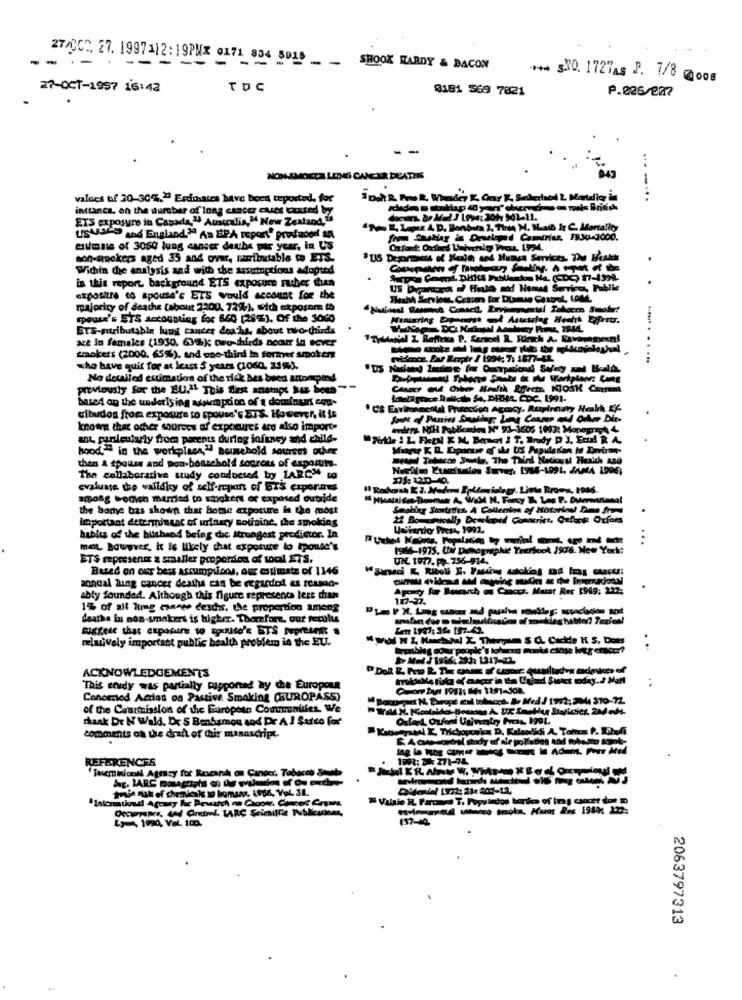
27/007. 27. 1997112:19PMX 0171 834 5016
.--- -----------
SHOOK HARDY & BACON
*** sNO. 1727AS P. 7/8 0006
27-OCT-1997 16:42
TDC
0181 569 7021
P.026/207
NONSMOKER LUNG CANCER DEATERS
values of 20-30.") Esdinares have been tuposted. for
instance, on the dumber of Inng cancer ques toused by
ETS exposure in Canada, " Australia," New Zealand,is
UsAsses and England.3ª An ERA report" profded SA
from Shstlar in Deuland Camtrier, 19.30-2000.
mumsle of 3060 lung cancer detths per year, in US
son-anokers aged 33 and over, Faributable to ETS.
.
Within the analysis and with the assumptions adapted
in this report background ETS exposure sucher thun
US Dentro of Heslo and Hemed Services, Publie
.
exposure to spouse's ETS would account for the
Health Services, Cenuen for Diame Castrol, COM.
majority of deathe (about 2200. 72%), with exposere th
spouse's ETS decoupling for 660 [28%). Of the 3060
ETS-Atributable lung cancer deaths, about two-thirds
are In females (1930. 63%); two-thirds neour in sover
Brokers (2000. 65%), and one-third bm former smokers
petence. Eur Respir / 1994; 7: 1877-42.
...........
who have quit for at least 5 years (106, 23%).
No detailed estimation of the rick bes been artomspind
previously for the EU.". This flest anamnes aus Soes"
based on the underlying assimpoco of a dominurt con-
Lowrapace laliche f4. PHHL CDC. 1991-
* CS Environmental Protection Agocy. Aupirnary Health Ef
cibudos from exposure to spouse's BTS. However, it is
known that other sources af expotures are also import-
oddera NIHl Pablojen Nº 93-3603 1993: Moperret 4
ant, paniculaly from parents during infaney and child-
Pirtle I L Fetl & M, Beraat ! T, Indy P ], Ecdl R 4
hood" in the workplace," Bouwehold sourses ouver
thens A spouse and Ron-boaschold sources of exposure.
The collaborative study conducted by ZARC," co
evaluate the validky of self-rejon of BTS exporaus
among women married to shicken or exposed outside
the Same bas shown that bomne exposure in the most
loportant determinar of urinary sotisine, the smoking
.
Waiverdo Press, 1991.
habits of the hishand being dc. strongest predictor. In
...
mat however, it is likely chat exposure to ipouse's
1966-1975. UM Dieogniphie Yrerbook 1906. New York:
ETS represent a smaller proportion of tool ETS.
UN. 1917. P. 756-914.
Based on our bes assumptions, our estimate of 1146
annual lung cancer deaths can be regarded as round-
Ap y for lunch w Cacct. Mest Rer 1949: 232:
ably founded. Although this figure represents less than
1% of all lung conree ceschs. the proportion among
deaths in non-smokers is higher. Therefore, our reculus
Suggest that exposure to spouse's BTS Tupref .
Em 1987: 34- 157-42.
relatively important public health problem in the EU.
Mydl N I, Muchow X Thisyam S G. Cackle K S. Does
. ..
ACKNOWLEDGEMENTS
This trudy was partially Ripponad ty che Europeu
..
Conomed Action on Pastive Smaking (EUROPASS)
"Bocogpart N, Paropé cal tobacco. A. Med / 1972; 2044 370-72.
of the Commission of the Europeen Comumalifes We
thank Dr N Wald. Dr S Benbamos and Dr A I Surco for
Oslard Orfani Univentry Pras, 1991.
comments on the draft of this masascript.
REFERENCES
1001: 38: 271-74
"Tucminionil Agency for Rncarak on Cander, Tobacco Sont
Valnie HL. Frones T. Populados bordes of Ing cancer doe m
LF- 1990, Vel
2063797313